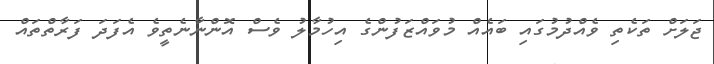
ޖަލަށް ތަކެތި ވެއްދުމުގައި ބައެއް މުވައްޒަފުންގެ އިހުމާލު ވެސް އޮންނާނެތީވެ އެފަދަ ފަރާތްތައް